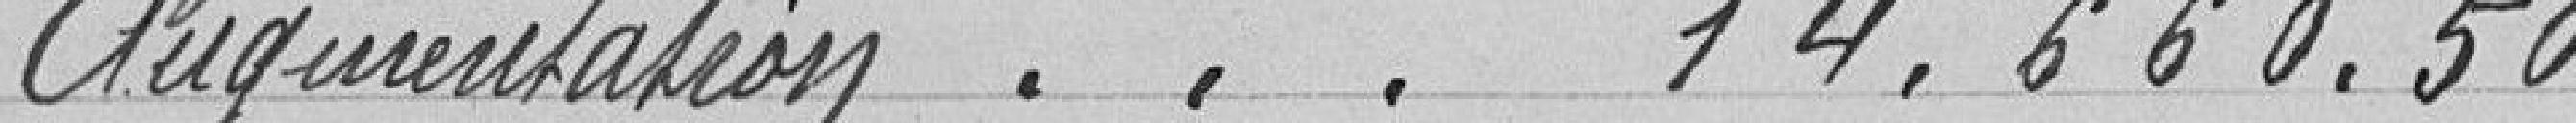
Augmentation . . . 14.660.50